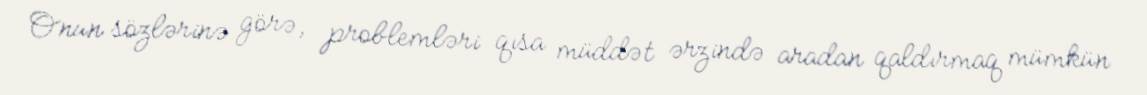
Onun sözlərinə görə, problemləri qısa müddət ərzində aradan qaldırmaq mümkün